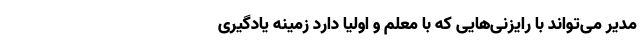
مدیر می‌تواند با رایزنی‌هایی که با معلم و اولیا دارد زمینه یادگیری